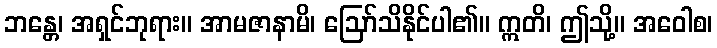
ဘန္တေ၊ အရှင်ဘုရား။ အာမဇာနာမိ၊ ဩော်သိနိုင်ပါ၏။ ဣတိ၊ ဤသို့။ အဝေါစ၊